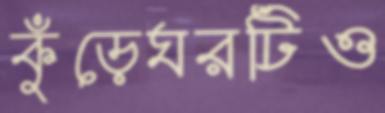
কুঁড়েঘরটিও